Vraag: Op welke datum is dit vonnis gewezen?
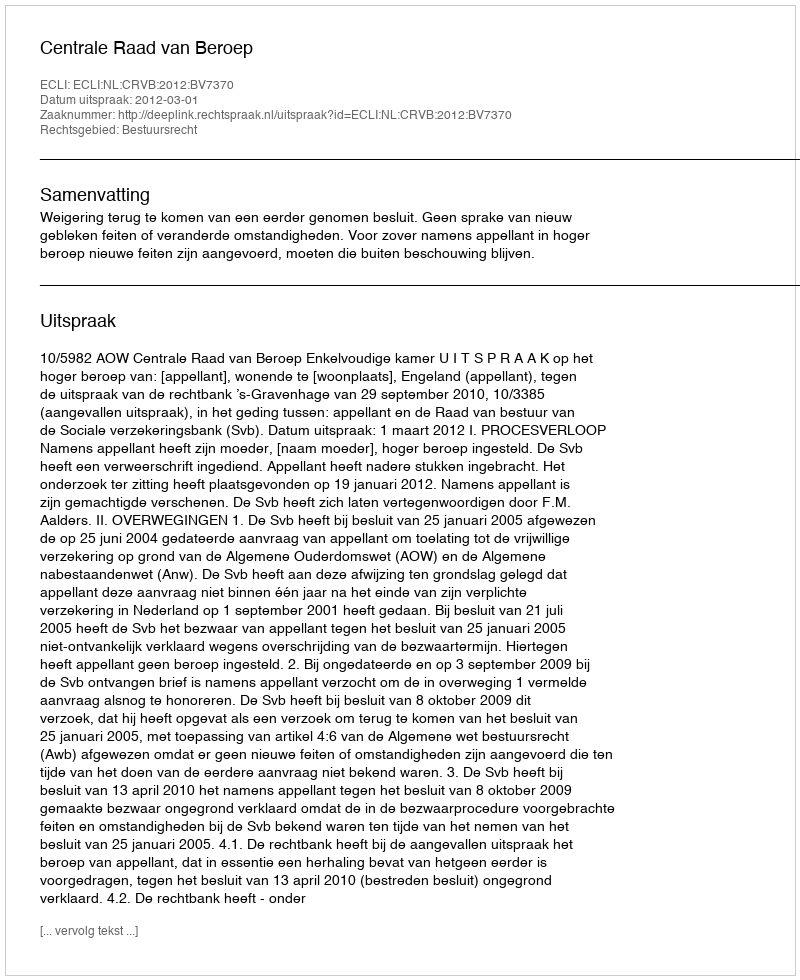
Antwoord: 2012-03-01